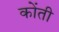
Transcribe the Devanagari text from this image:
कोंती